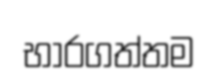
භාරගත්තම